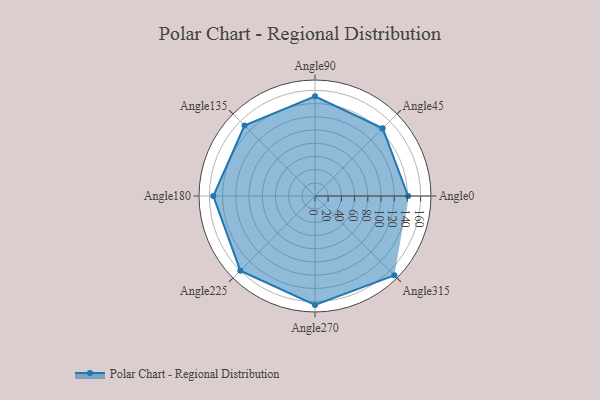
{"axis": {"x": "Angle", "y": "Radius"}, "legend": [""], "data": [{"x": "Angle0", "y": 141.0, "type": ""}, {"x": "Angle45", "y": 145.0, "type": ""}, {"x": "Angle90", "y": 151.0, "type": ""}, {"x": "Angle135", "y": 151.0, "type": ""}, {"x": "Angle180", "y": 154.0, "type": ""}, {"x": "Angle225", "y": 160.0, "type": ""}, {"x": "Angle270", "y": 165.0, "type": ""}, {"x": "Angle315", "y": 170, "type": ""}]}